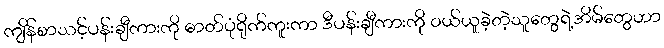
ကျိန်စာသင့်ပန်းချီကားကို ဓာတ်ပုံရိုက်ကူးကာ ဒီပန်းချီကားကို ဝယ်ယူခဲ့တဲ့သူတွေရဲ့အိမ်တွေဟာ